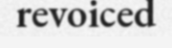
revoiced